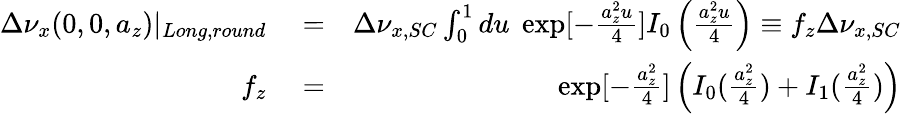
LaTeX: \begin{array}{rlr}{\Delta\nu_{x}(0,0,a_{z})|_{Long,round}}&{{}=}&{\Delta\nu_{x,SC}\int_{0}^{1}du\; \exp[-\frac{a_{z}^{2}u}{4}]I_{0}\left(\frac{a_{z}^{2}u}{4}\right)\equiv f_{z}\Delta\nu_{x,SC}}\\ {f_{z}}&{{}=}&{\exp[-\frac{a_{z}^{2}}{4}]\left(I_{0}(\frac{a_{z}^{2}}{4})+I_{1}(\frac{a_{z}^{2}}{4})\right)}\end{array}